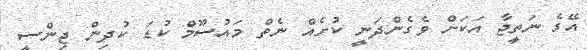
އޭގެ ނަތީޖާ އަކަށް ވެގެންދަނީ ކުށެއް ނެތް މައުސޫމް ކުޑަ ކުދިން ޖިންސީ